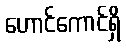
ဟောင်ကောင်ရှိ